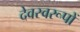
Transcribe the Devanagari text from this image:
देवस्वरूपों